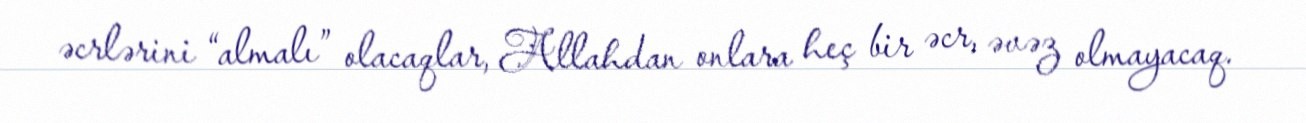
əcrlərini “almalı” olacaqlar, Allahdan onlara heç bir əcr, əvəz olmayacaq.